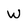
Character: W